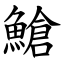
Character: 䱽